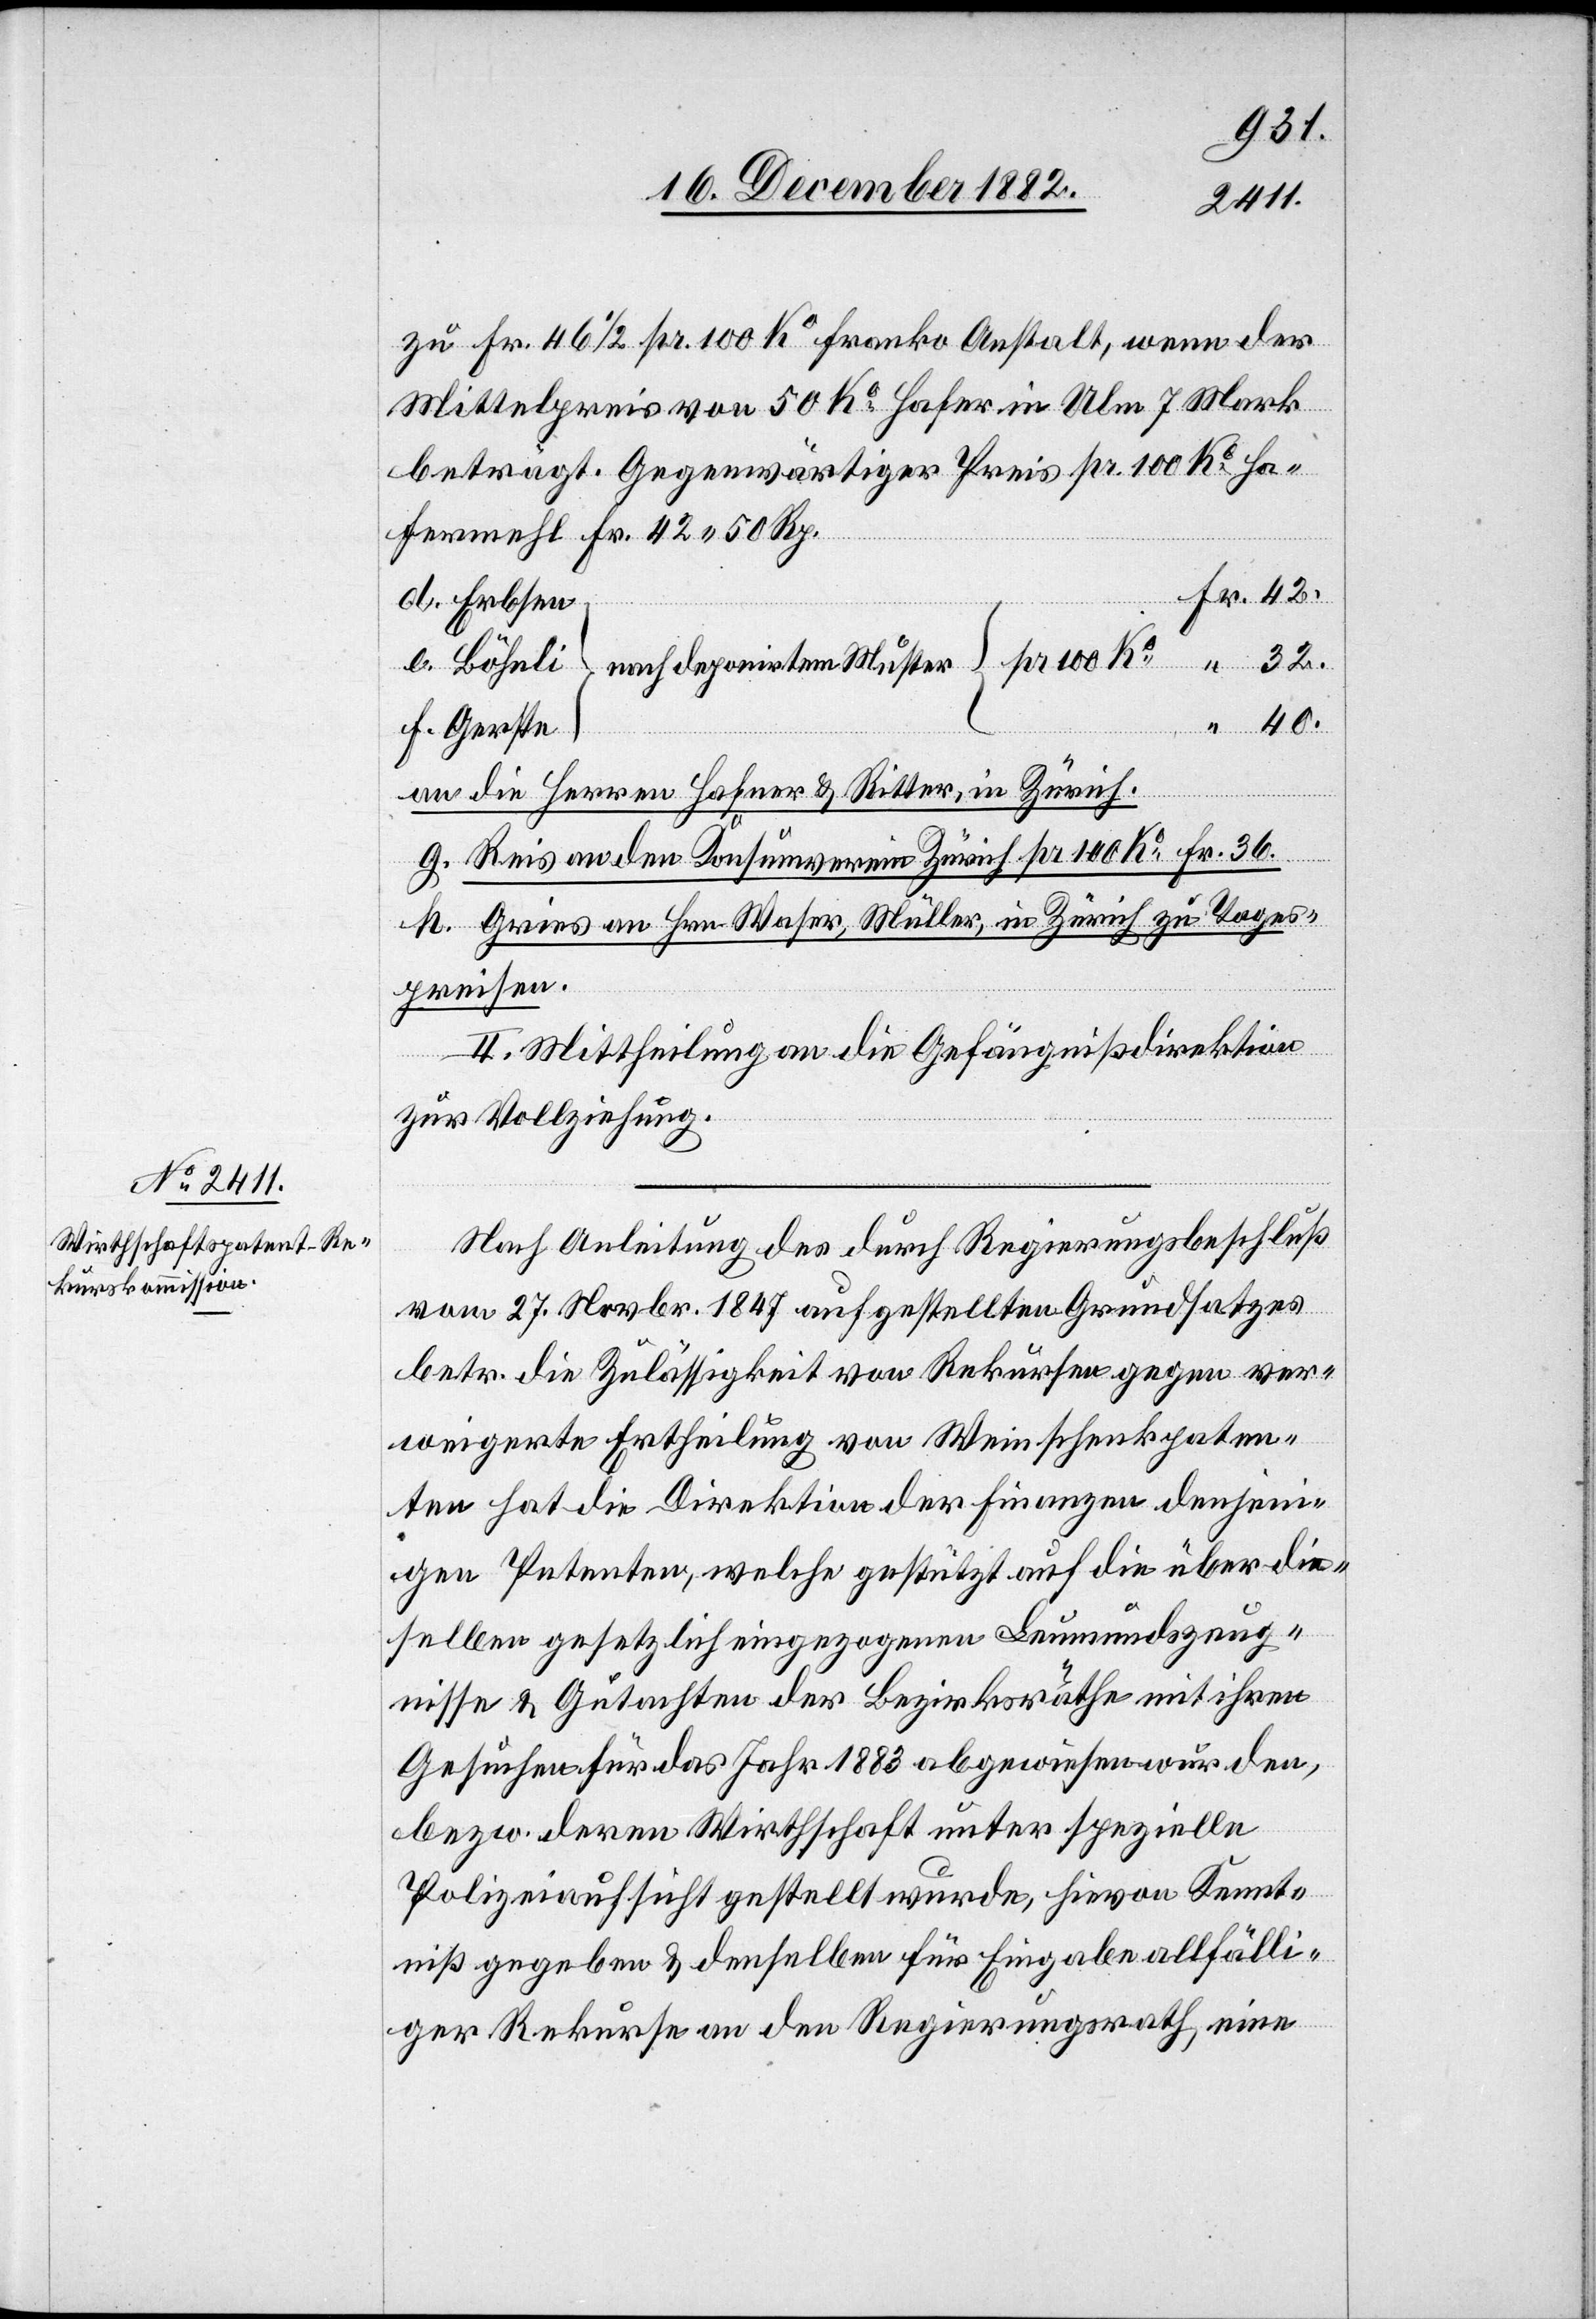
40.
zu Fr. 46 1/2 pr. 100 Ko franko Anstalt, wenn der
Mittelpreis von 50 Ko Hafer in Ulm 7 Mark
beträgt. Gegenwärtiger Preis pr. 100 Ko Ha¬
fermehl Fr. 42 50 Rp.
d. Erbsen
f. Gerste
an die Herren Hafner & Ritter, in Zürich.
g. Reis an den Konsumverein Zürich pr. 100 Ko Fr. 36.
h. Gries an Hrn. Waser, Müller, in Zürich zu Tages¬
preisen.
II. Mittheilung an die Gefängnißdirektion
zur Vollziehung.
Nach Anleitung des durch Regierungsbeschluß
vom 27. Novbr. 1847 aufgestellten Grundsatzes
betr. die Zulässigkeit von Rekursen gegen ver¬
weigerte Ertheilung von Weinschenkpaten¬
ten hat die Direktion der Finanzen denjeni¬
gen Petenten, welche gestützt auf die über die¬
selben gesetzlich eingezogenen Leumundszeug¬
nisse & Gutachten der Bezirksräthe mit ihren
Gesuchen für das Jahr 1883 abgewiesen wurden,
bezw. deren Wirthschaft unter spezielle
Polizeiaufsicht gestellt wurde, hievon Kennt¬
niß gegeben & denselben für Eingabe allfälli¬
ger Rekurse an den Regierungsrath, eine